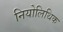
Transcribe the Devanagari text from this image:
नियोलिथिक